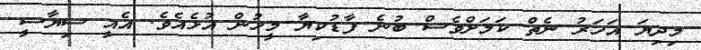
މިދިޔަ އަހަރު ނެތް ކަަމަށްވެސް ބުނެ ފާޑުކިޔާ މީހުން އުޅެއެވެ. އެއީ ސިޔާސީ